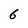
Character: 6